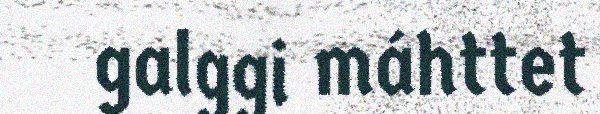
galggi máhttet